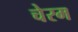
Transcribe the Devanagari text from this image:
चेरम